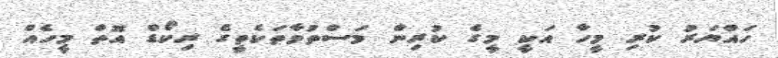
ހައްޔަރު ކުރި މީހާ އަކީ މީގެ ކުރިން މަސްތުވާތަކެތީގެ ރިކޯޑް އޮތް މީހެއް